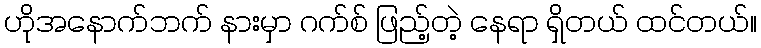
ဟိုအနောက်ဘက် နားမှာ ဂက်စ် ဖြည့်တဲ့ နေရာ ရှိတယ် ထင်တယ်။